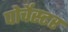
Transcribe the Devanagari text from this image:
पोर्चेस्टर